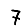
Digit: 7